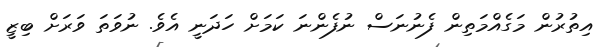
އިތުރުން މަގެއްމަތިން ފެނުނަސް ނުފެންނަ ކަމަށް ހަދަނީ އެވެ. ނުވަތަ ވަރަށް ބިޒީ